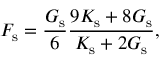
F _ { \mathrm { s } } = \frac { G _ { \mathrm { s } } } { 6 } \frac { 9 K _ { \mathrm { s } } + 8 G _ { \mathrm { s } } } { K _ { \mathrm { s } } + 2 G _ { \mathrm { s } } } ,